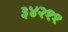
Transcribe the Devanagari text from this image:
३४२११